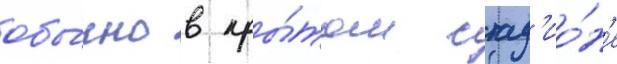
обы́чно в кры́том стад'ио́н'е